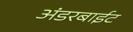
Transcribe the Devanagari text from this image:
अंडरबाईट